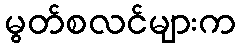
မွတ်စလင်များက